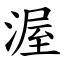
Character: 渥